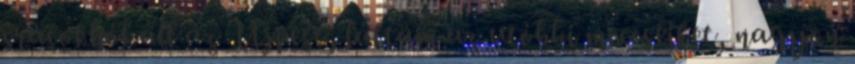
srácokból áll az Újpest, láttam az utóbbi meccseiket, nagyon